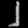
Digit: ၂